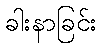
ခါးနာခြင်း